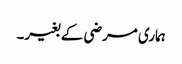
ہماری مرضی کے بغیر۔